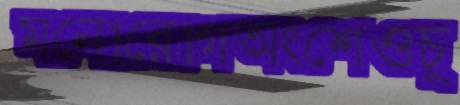
মনোরোগঅংশেওচু